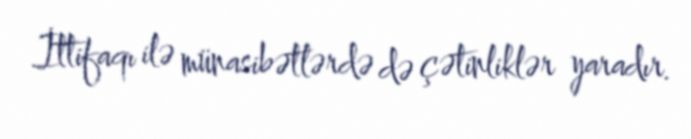
İttifaqı ilə münasibətlərdə də çətinliklər yaradır.